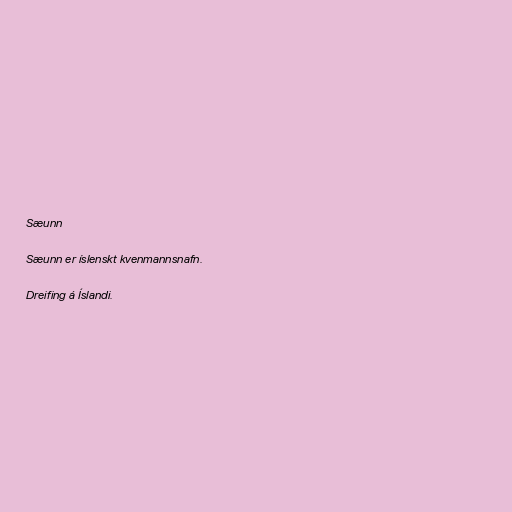
Sæunn

Sæunn er íslenskt kvenmannsnafn.

Dreifing á Íslandi.